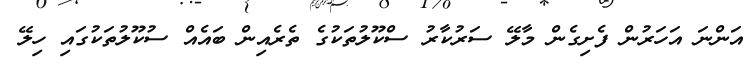
އަންނަ އަހަރުން ފެށިގެން މާލޭ ސަރުކާރު ސްކޫލުތަކުގެ ތެރެއިން ބައެއް ސުކޫލުތަކުގައި ހިލޭ